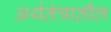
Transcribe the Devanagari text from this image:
अर्थतंत्रातील